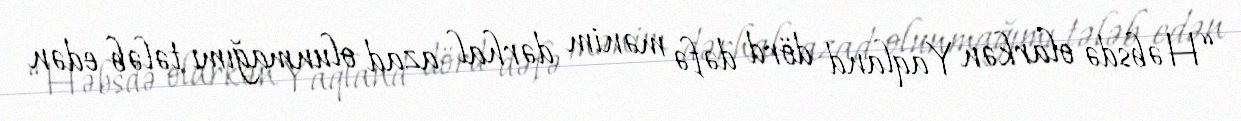
“Həbsdə olarkən Yaqland dörd dəfə mənim dərhal azad olunmağımı tələb edən